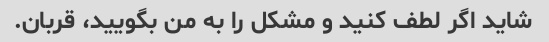
شاید اگر لطف کنید و مشکل را به من بگویید، قربان.